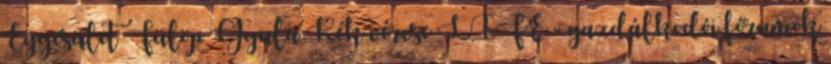
Egyesület Fülöp Gyula Kék vércse LIFE - gazdálkodói fórumok